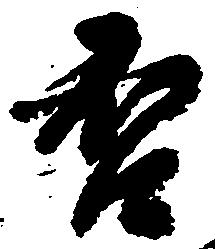
否